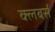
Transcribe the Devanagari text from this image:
क्लबर्स